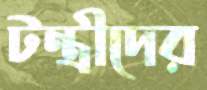
টন্ত্রীদের